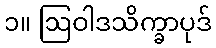
၁။ ဩဝါဒသိက္ခာပုဒ်